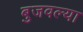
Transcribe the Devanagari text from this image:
बुजवल्या